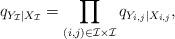
LaTeX: \begin{align*}q_{Y_\mathcal{I}|X_\mathcal{I}} = \prod_{(i,j)\in\mathcal{I}\times \mathcal{I}}q_{Y_{i,j}|X_{i,j}}, \end{align*}